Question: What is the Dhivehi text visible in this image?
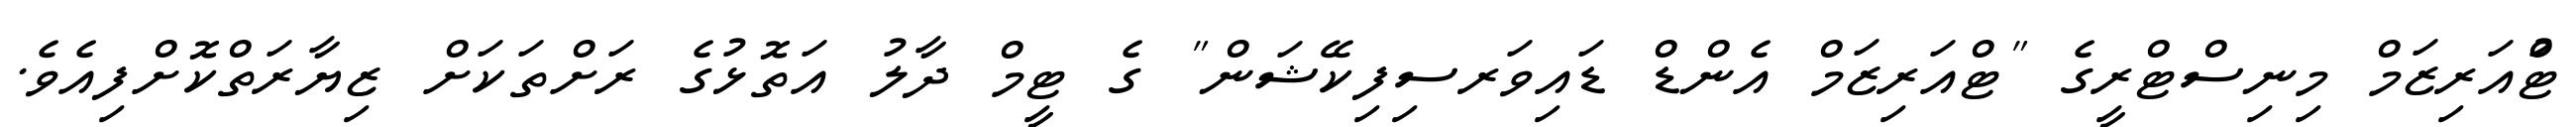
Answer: ޓްުއަރިޒަމް މިނިސްޓްރީގެ "ޓްއަރިޒަމް އެންޑް ޑައިވަރސިފިކޭޝަން" ގެ ޓީމް ދާލު އަތޮޅުގެ ރަށްތަކަށް ޒިޔާރަތްކޮށްފިއެވެ.